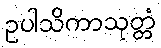
ဥပါသိကာသုတ္တံ